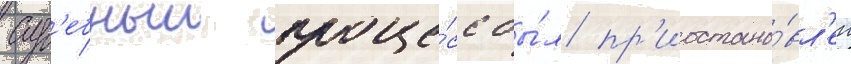
Суд'ебныи проце́сс бы́л пр'иостано́вл'ен